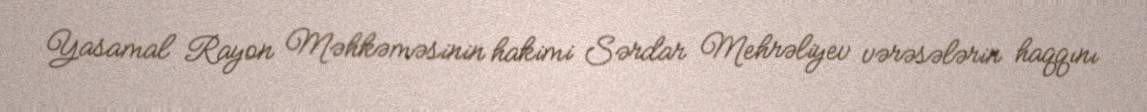
Yasamal Rayon Məhkəməsinin hakimi Sərdar Mehrəliyev vərəsələrin haqqını